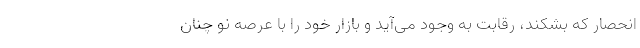
انحصار که بشکند، رقابت به وجود می‌آید و بازار خود را با عرصه نو چنان